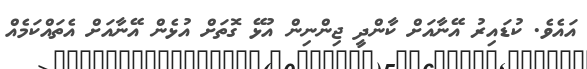
އައެވެ. ކުޑައިރު އޭނާއަށް ކާންދީ ޖިންނިން އުޅޭ ގޮތަށް އުޅެން އޭނާއަށް އެތައްކަމެއް